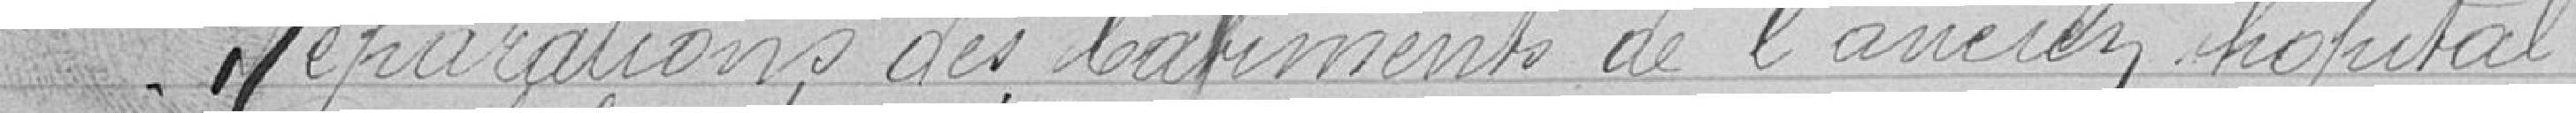
Réparations des bâtiments de l'ancien hôpital